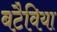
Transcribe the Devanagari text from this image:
बटैविया